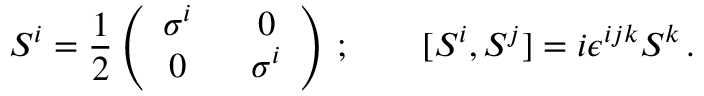
S ^ { i } = { \frac { 1 } { 2 } } \left( \begin{array} { c c } { { \sigma ^ { i } ~ } } & { { ~ 0 } } \\ { { 0 ~ } } & { { ~ \sigma ^ { i } } } \end{array} \right) \, ; \qquad [ S ^ { i } , S ^ { j } ] = i \epsilon ^ { i j k } S ^ { k } \, .